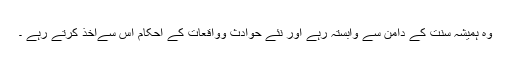
وہ ہمیشہ سنت کے دامن سے وابستہ رہے اور نئے حوادث وواقعات کے احکام اس سےاخذ کرتے رہے ۔